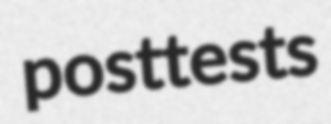
posttests